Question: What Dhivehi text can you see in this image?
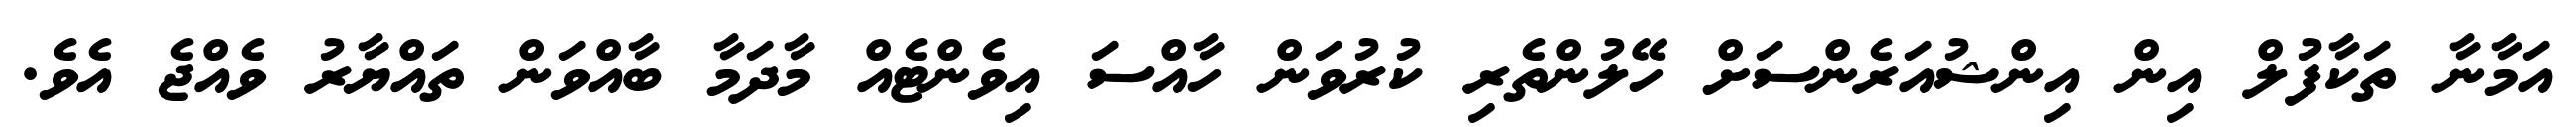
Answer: އަމާނާ ތަކާފުލް އިން އިންޝުއަރެންސަށް ހޭލުންތެރި ކުރުވަން ހާއްސަ އިވެންޓެއް މާދަމާ ބާއްވަން ތައްޔާރު ވެއްޖެ އެވެ.